Lunatic asylums Burma 1907-21 - 1907-1921
Year: 1907
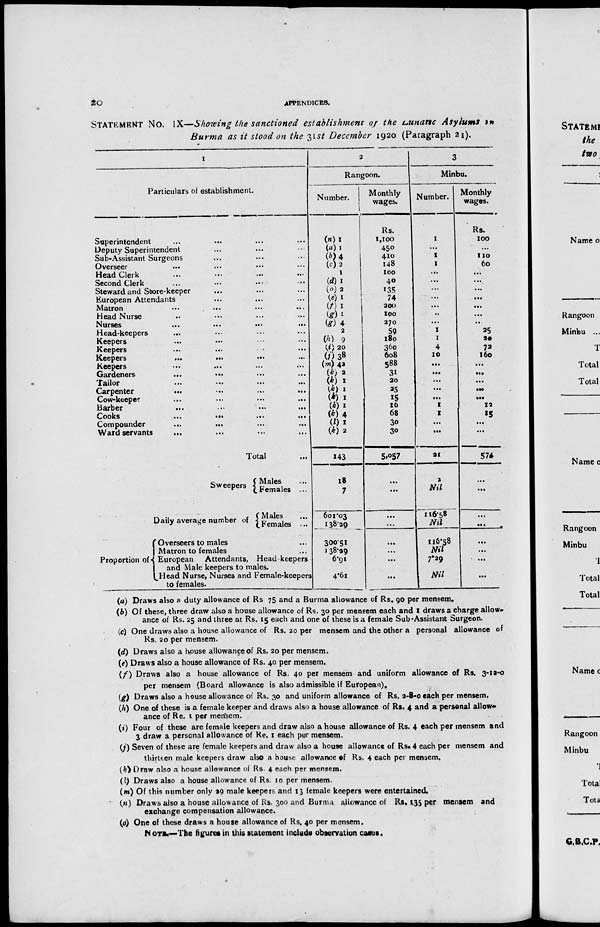
20
APPENDICES.
STATEMENT NO. IX—Showing the sanctioned establishment of the Lunatic Asylums in
Burma as it stood on the 31st December 1920 (Paragraph 21).
1
Particulars of establishment.
Superintendent
...
... ... ...
Deputy Superintendent ... ... ...
Sub-Assistant Surgeons
Overseer ... ... ... ...
Head Clerk ... ... ... ...
Second Clerk ... ... ... ...
Steward and Store-keeper ... ... ...
European Attendants ... ... ...
Matron
...
...
...
...
Head Nurse ... ... ... ...
Nurses
...
...
...
...
Head-keepers ... ... ... ...
Keepers ... ... ... ...
Keepers
...
...
...
...
Keepers
...
...
...
...
Keepers
...
...
...
...
Gardeners
...
...
...
...
Tailor ... ... ... ...
Carpenter
...
...
...
...
Cow-keeper
...
...
...
...
Barber
...
...
...
...
Cooks
...
...
...
...
Compounder
...
...
...
...
Ward servants ... ... ... ...
Total ...
2
Rangoon.
Number.
(n) 1
(a) 1
(b) 4
(c) 2
1
(d) 1
(o) 2
(e) 1
(f) 1
(g) 1
(g) 4
2
(h) 9
(i) 20
(j) 38
(m) 42
(k) 2
(k) 1
(k) 1
(k) 1
(k) 1
(k) 4
(l) 1
(k) 2
143
Monthly
wages.
Rs.
1,100
450
410
148
100
40
135
74
200
100
270
59
180
360
608
588
31
20
25
15
16
68
30
30
5,057
3
Minbu.
Number.
1
...
1
1
...
...
...
...
...
...
...
1
1
4
10
...
...
...
...
...
1
1
...
...
21
Monthly
wages.
Rs.
100
...
110
60
...
...
...
...
...
...
...
25
20
72
160
...
...
...
...
...
12
15
...
...
574
Sweepers
Daily average number of
Proportion of
Males ...
Females ...
Males ...
Females ...
Overseers to males ...
Matron to females
...
European Attendants,Head-keepers
and Male keepers to males.
Head Nurse, Nurses and Female-keepers
to females.
18
7
601.03
138.29
300.51
138.29
6.91
4.61
...
...
...
...
...
...
...
...
2
Nil
116.58
Nil
116.58
Nil
7.29
Nil
...
...
...
....
...
...
...
...
(a) Draws also a duty allowance of Rs 75 and a Burma allowance of Rs. 90 per mensem.
(b) Of these, three draw also a house allowance of Rs. 30 per mensem each and 1 draws a charge allow-
ance of Rs. 25 and three at Rs. 15 each and one of these is a female Sub-Assistant Surgeon.
(c) One draws also a house allowance of Rs. 20 per mensem and the other a personal allowance of
Rs. 20 per mensem.
(d) Draws also a house allowance of Rs. 20 per mensem.
(e) Draws also a house allowance of Rs. 40 per mensem.
(f) Draws also a house allowance of Rs. 40 per mensem and uniform allowance of Rs. 3-12-0
per mensem (Board allowance is also admissible if European),
(g) Draws also a house allowance of Rs. 30 and uniform allowance of Rs. 2-8-0 each per mensem.
(h) One of these is a female keeper and draws also a house allowance of Rs. 4 and a personal allow-
ance of Re. 1 per mensem.
(i) Four of these are female keepers and draw also a house allowance of Rs. 4 each per mensem and
3 draw a personal allowance of Re. 1 each per mensem.
(j) Seven of these are female keepers and draw also a house allowance of Rs. 4 each per mensem and
thirteen male keepers draw also a house allowance of Rs. 4 each per mensem.
(k) Draw also a house allowance of Rs. 4 each per mensem.
(l) Draws also a house allowance of Rs. 10 per mensem.
(m) Of this number only 29 male keepers and 13 female keepers were entertained.
(n) Draws also a house allowance of Rs. 300 and Burma allowance of Rs. 135 per mensem and
exchange compensation allowance.
(o) One of these draws a house allowance of Rs. 40 per mensem.
NOTE.—The figures in this statement include observation cases.